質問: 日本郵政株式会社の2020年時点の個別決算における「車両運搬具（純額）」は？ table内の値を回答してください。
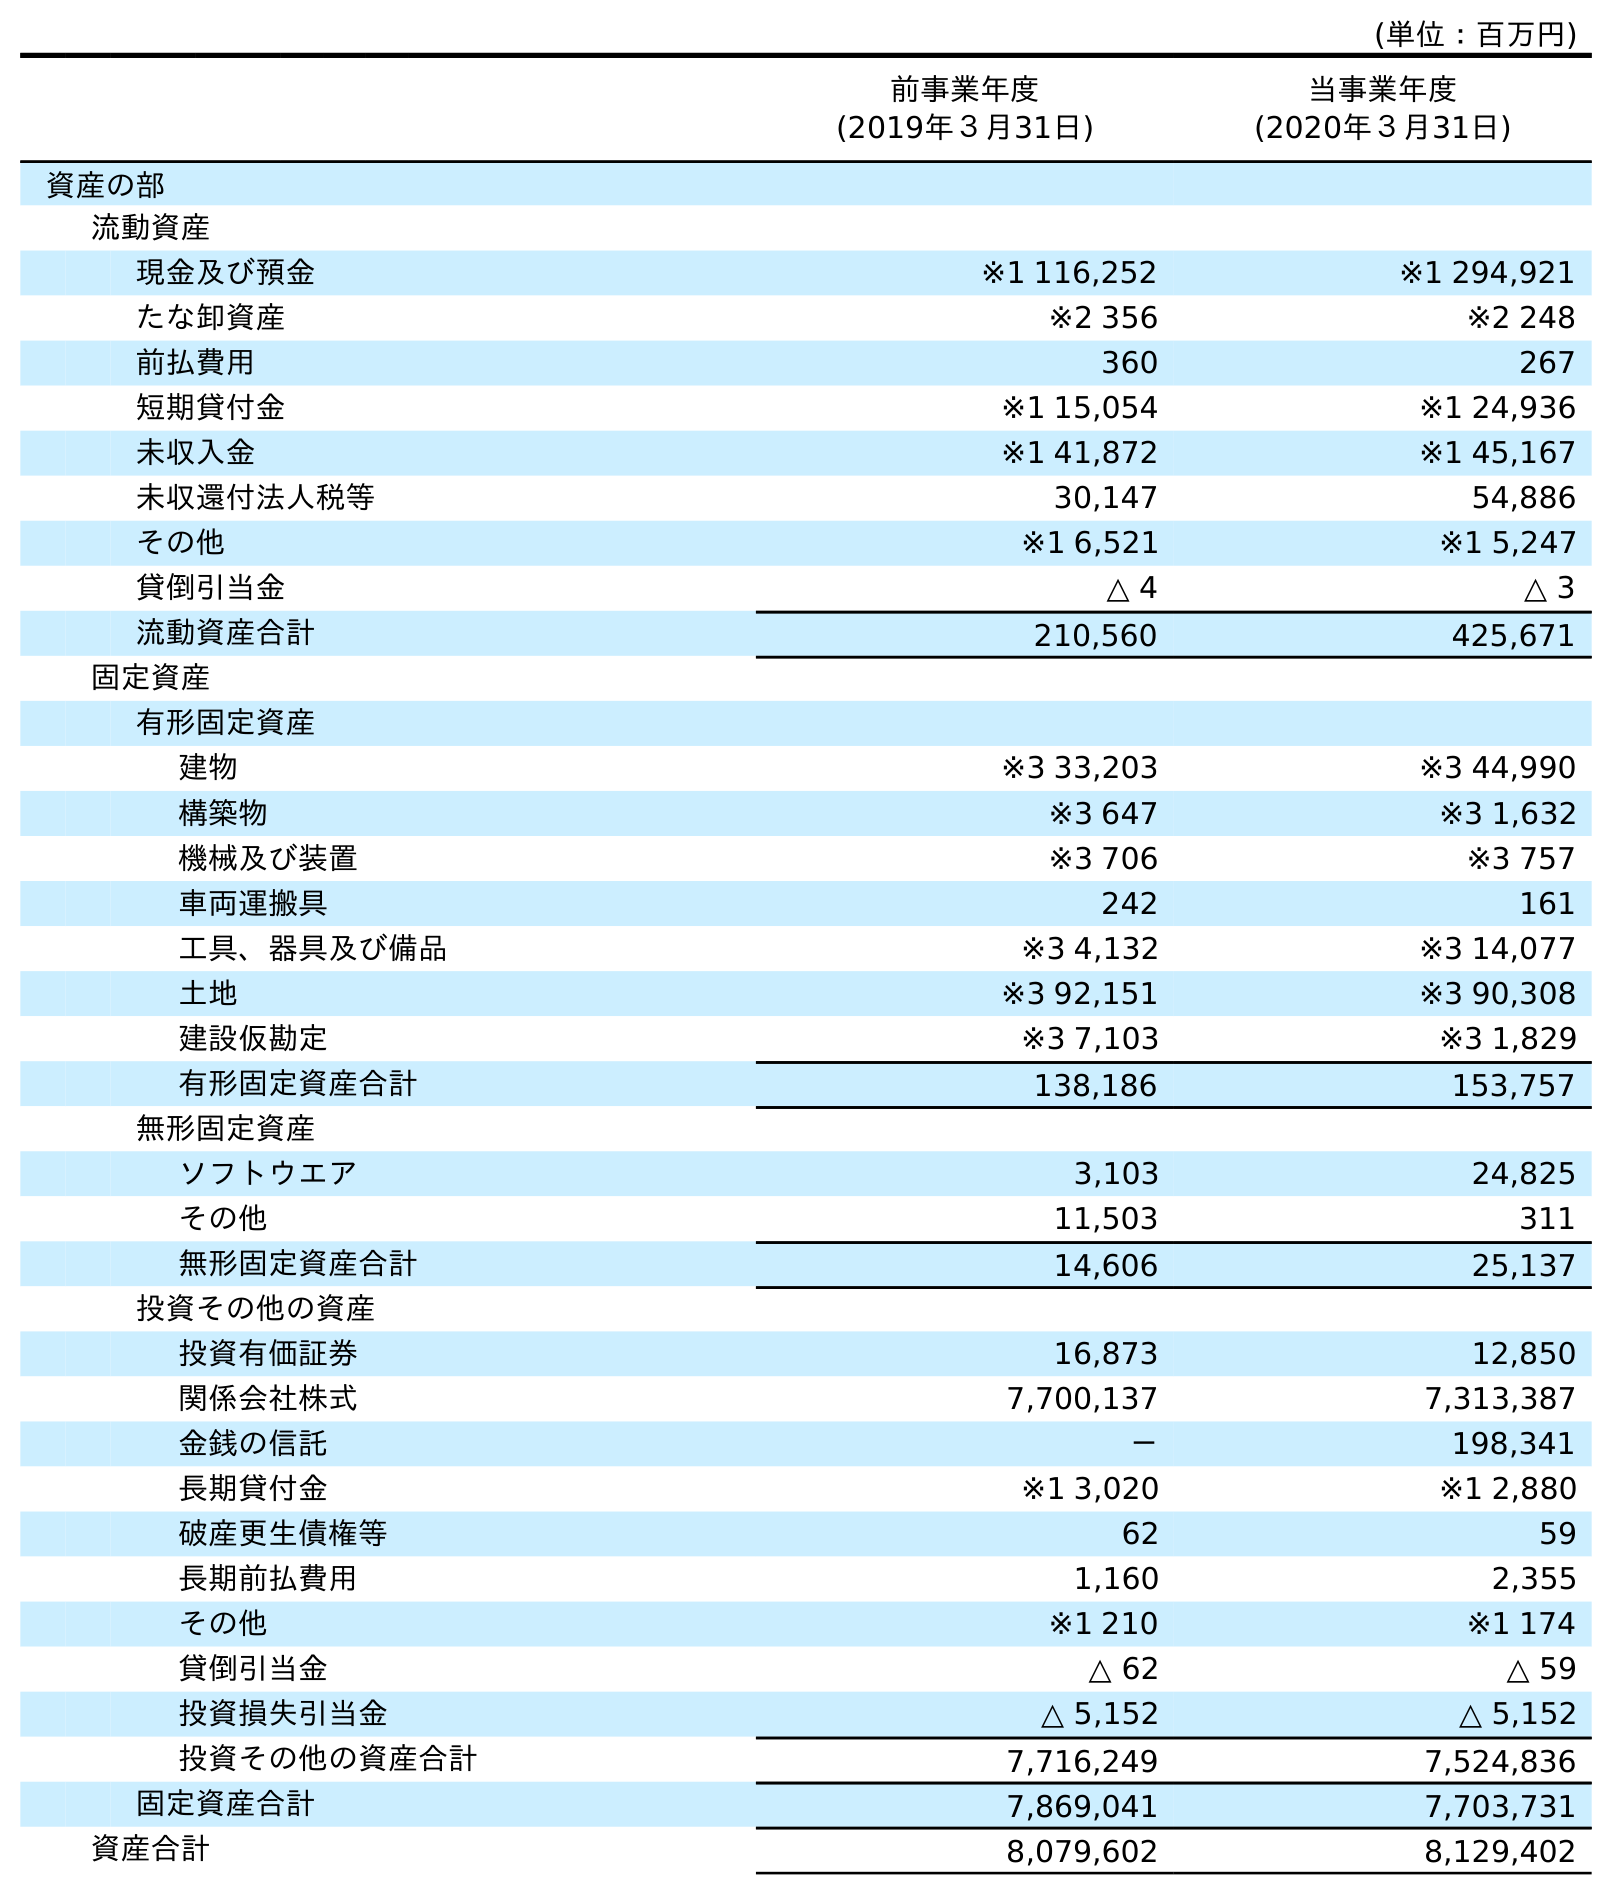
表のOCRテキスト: (単位：百万円) 前事業年度 (2019年３月31日) 当事業年度 (2020年３月31日) 資産の部 流動資産 現金及び預金 ※1 116,252 ※1 294,921 たな卸資産 ※2 356 ※2 248 前払費用 360 267 短期貸付金 ※1 15,054 ※1 24,936 未収入金 ※1 41,872 ※1 45,167 未収還付法人税等 30,147 54,886 その他 ※1 6,521 ※1 5,247 貸倒引当金 △ 4 △ 3 流動資産合計 210,560 425,671 固定資産 有形固定資産 建物 ※3 33,203 ※3 44,990 構築物 ※3 647 ※3 1,632 機械及び装置 ※3 706 ※3 757 車両運搬具 242 161 工具、器具及び備品 ※3 4,132 ※3 14,077 土地 ※3 92,151 ※3 90,308 建設仮勘定 ※3 7,103 ※3 1,829 有形固定資産合計 138,186 153,757 無形固定資産 ソフトウエア 3,103 24,825 その他 11,503 311 無形固定資産合計 14,606 25,137 投資その他の資産 投資有価証券 16,873 12,850 関係会社株式 7,700,137 7,313,387 金銭の信託 － 198,341 長期貸付金 ※1 3,020 ※1 2,880 破産更生債権等 62 59 長期前払費用 1,160 2,355 その他 ※1 210 ※1 174 貸倒引当金 △ 62 △ 59 投資損失引当金 △ 5,152 △ 5,152 投資その他の資産合計 7,716,249 7,524,836 固定資産合計 7,869,041 7,703,731 資産合計 8,079,602 8,129,402
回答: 161